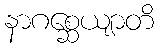
နာဂစ္ဆေယျာတိ